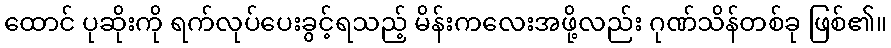
ထောင် ပုဆိုးကို ရက်လုပ်ပေးခွင့်ရသည့် မိန်းကလေးအဖို့လည်း ဂုဏ်သိန်တစ်ခု ဖြစ်၏။